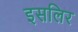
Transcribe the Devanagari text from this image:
इसलिर